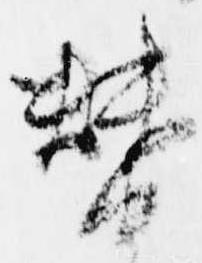
替